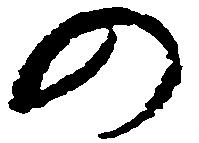
の